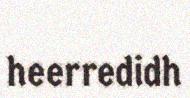
heerredidh